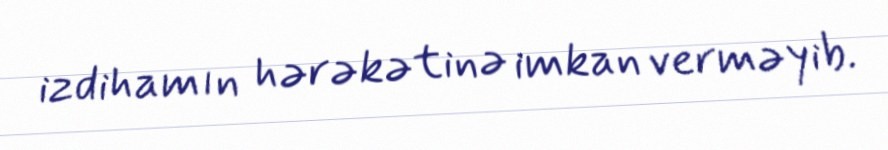
izdihamın hərəkətinə imkan verməyib.